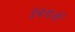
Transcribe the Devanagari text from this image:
द्वेवताओं